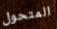
المتحول